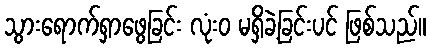
သွားရောက်ရှာဖွေခြင်း လုံးဝ မရှိခဲ့ခြင်းပင် ဖြစ်သည်။